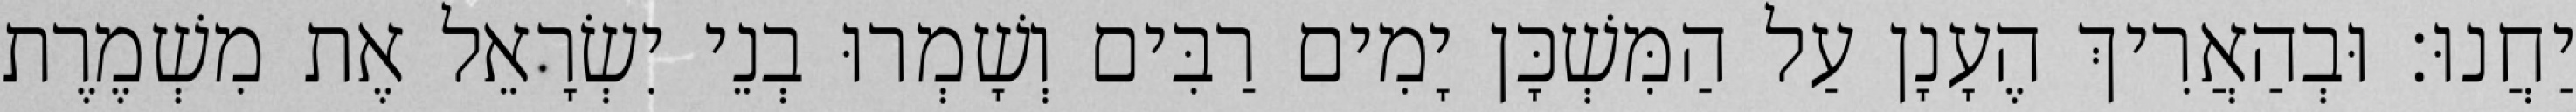
יַחֲנוּ׃ וּבְהַאֲרִיךְ הֶעָנָן עַל הַמִּשְׁכָּן יָמִים רַבִּים וְשָׁמְרוּ בְנֵי יִשְׂרָאֵל אֶת מִשְׁמֶרֶת